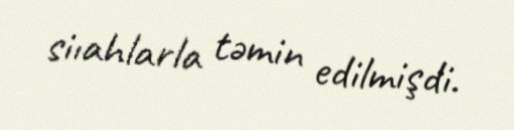
siıahlarla təmin edilmişdi.